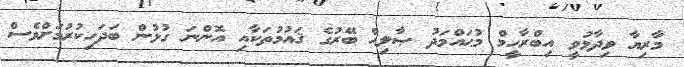
މާރިޔާ ވިދާޅުވީ އިބްރާހީމް މުޙައްމަދު ޞާލިޙް ބޭރުގެ ޤައުމުތަކާއި އޮންނަ ގުޅުން ބަދަހިކުރުމަށްވެސް